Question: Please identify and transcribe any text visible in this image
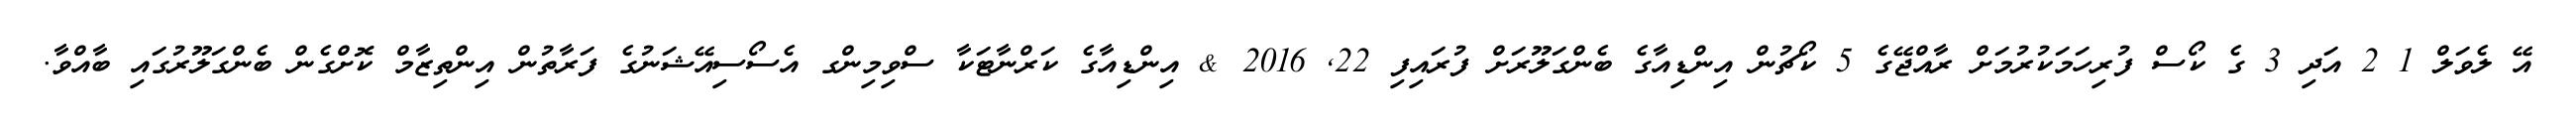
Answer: އޭ ލެވަލް 1 2 އަދި 3 ގެ ކޯސް ފުރިހަމަކުރުމަށް ރާއްޖޭގެ 5 ކޯޗުން އިންޑިއާގެ ބެންގަލޫރަށް ފުރައިފި 22, 2016 & އިންޑިއާގެ ކަރްނާޓަކާ ސްވިމިންގ އެސޯސިއޭޝަނުގެ ފަރާތުން އިންތިޒާމް ކޮށްގެން ބެންގަލޫރުގައި ބާއްވާ.